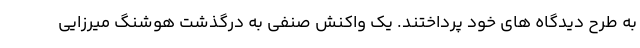
به طرح دیدگاه های خود پرداختند. یک واکنش صنفی به درگذشت هوشنگ میرزایی